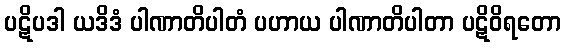
ပဋိပဒါ ယဒိဒံ ပါဏာတိပါတံ ပဟာယ ပါဏာတိပါတာ ပဋိဝိရတော